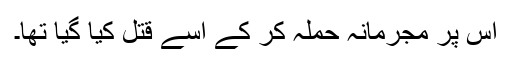
اس پر مجرمانہ حملہ کر کے اسے قتل کیا گیا تھا۔